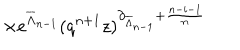
LaTeX: \hspace { 1 . 7 5 i n } \times e ^ { \overline { { { \Lambda } } } _ { n - 1 } } ( q ^ { n + 1 } z ) ^ { \partial _ { \overline { { { \Lambda } } } _ { n - 1 } } + \frac { n - i - 1 } { n } }